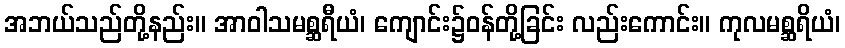
အဘယ်သည်တို့နည်း။ အာဝါသမစ္ဆရီယံ၊ ကျောင်း၌ဝန်တို့ခြင်း လည်းကောင်း။ ကုလမစ္ဆရိယံ၊